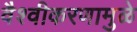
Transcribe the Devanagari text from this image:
वैश्वीकरणामुळे